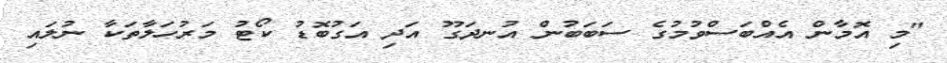
"މި އޮމާން އެއްބަސްވުމުގެ ސަބަބުން އުނދަގޫ އަދި އަގުބޮޑު ކޯޓު މަރުހަލާތަކާ ނުލައި